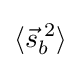
\langle {\vec {s}}_{b}^{\;2}\rangle